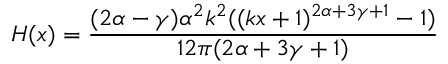
H ( x ) = \frac { ( 2 \alpha - \gamma ) \alpha ^ { 2 } k ^ { 2 } ( ( k x + 1 ) ^ { 2 \alpha + 3 \gamma + 1 } - 1 ) } { 1 2 \pi ( 2 \alpha + 3 \gamma + 1 ) }